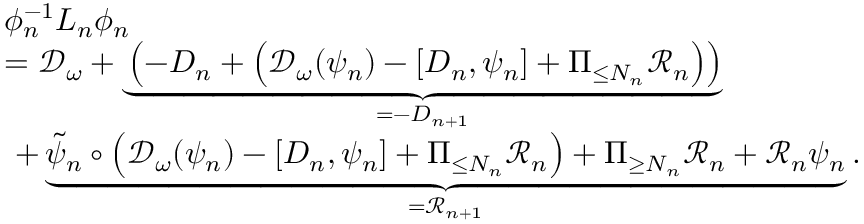
\begin{array} { r l } & { \phi _ { n } ^ { - 1 } L _ { n } \phi _ { n } } \\ & { = \mathcal { D } _ { \omega } + \underbrace { \left( - D _ { n } + \left( \mathcal { D } _ { \omega } ( \psi _ { n } ) - [ D _ { n } , \psi _ { n } ] + \Pi _ { \le N _ { n } } \mathcal { R } _ { n } \right) \right) } _ { = - D _ { n + 1 } } } \\ & { \ + \underbrace { \tilde { \psi } _ { n } \circ \left( \mathcal { D } _ { \omega } ( \psi _ { n } ) - [ D _ { n } , \psi _ { n } ] + \Pi _ { \le N _ { n } } \mathcal { R } _ { n } \right) + \Pi _ { \ge N _ { n } } \mathcal { R } _ { n } + \mathcal { R } _ { n } \psi _ { n } } _ { = \mathcal { R } _ { n + 1 } } . } \end{array}